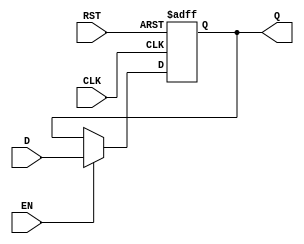
module BarrierRegister (
    input wire [N-1:0] D,    // Data input
    input wire EN,            // Enable signal
    input wire CLK,           // Clock signal
    input wire RST,           // Asynchronous reset signal
    output reg [N-1:0] Q      // Data output
);
    parameter N = 8;          // Width of the register (can be adjusted)

    // Asynchronous reset and clock edge detection
    always @(posedge CLK or posedge RST) begin
        if (RST) begin
            Q <= {N{1'b0}};    // Set output to predefined reset value (0)
        end else if (EN) begin
            Q <= D;            // Capture the input data when enabled
        end
        // If EN is low, Q retains its value (hold behavior)
    end
endmodule